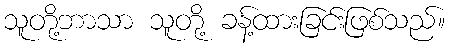
သူတို့ဘာသာ သူတို့ ခန့်ထားခြင်းဖြစ်သည်။